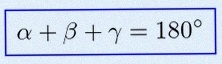
\alpha+\beta+\gamma=180^\circ